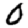
Digit: 0